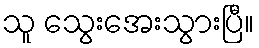
သူ သွေးအေးသွားပြီ။